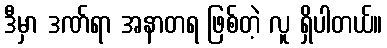
ဒီမှာ ဒဏ်ရာ အနာတရ ဖြစ်တဲ့ လူ ရှိပါတယ်။